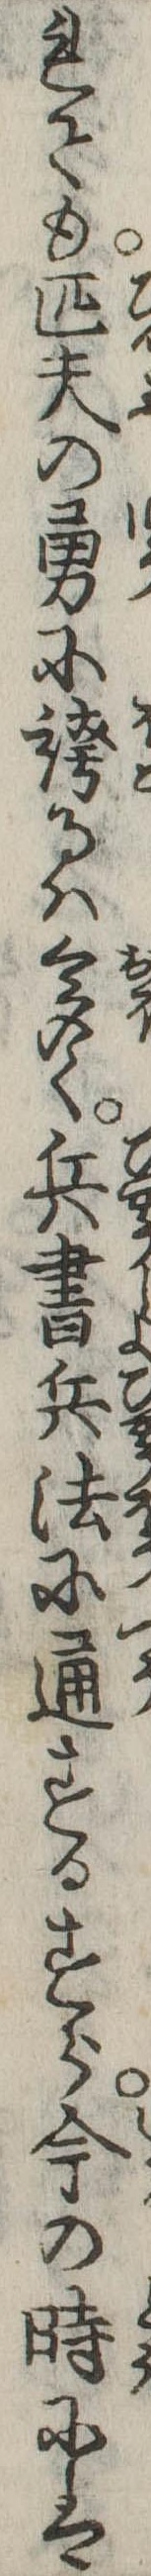
れても匹夫の勇に誇るは多く兵書兵法に通するすら今の時には